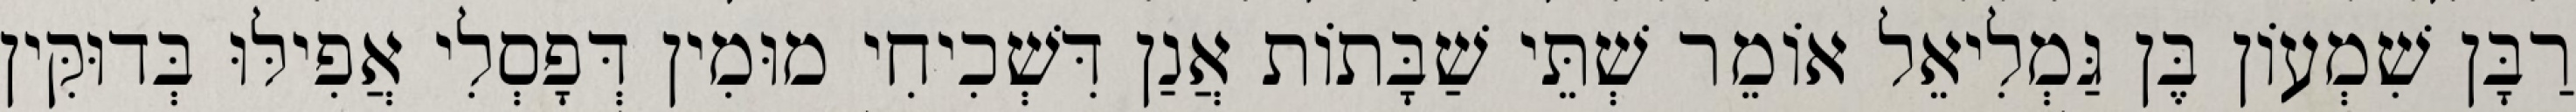
רַבָּן שִׁמְעוֹן בֶּן גַּמְלִיאֵל אוֹמֵר שְׁתֵּי שַׁבָּתוֹת אֲנַן דִּשְׁכִיחִי מוּמִין דְּפָסְלִי אֲפִילּוּ בְּדוּקִּין